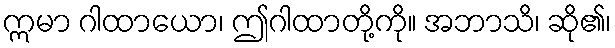
ဣမာ ဂါထာယော၊ ဤဂါထာတို့ကို။ အဘာသိ၊ ဆို၏၊